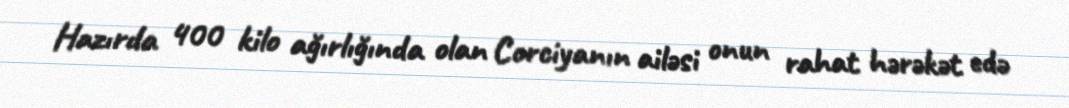
Hazırda 400 kilo ağırlığında olan Corciyanın ailəsi onun rahat hərəkət edə